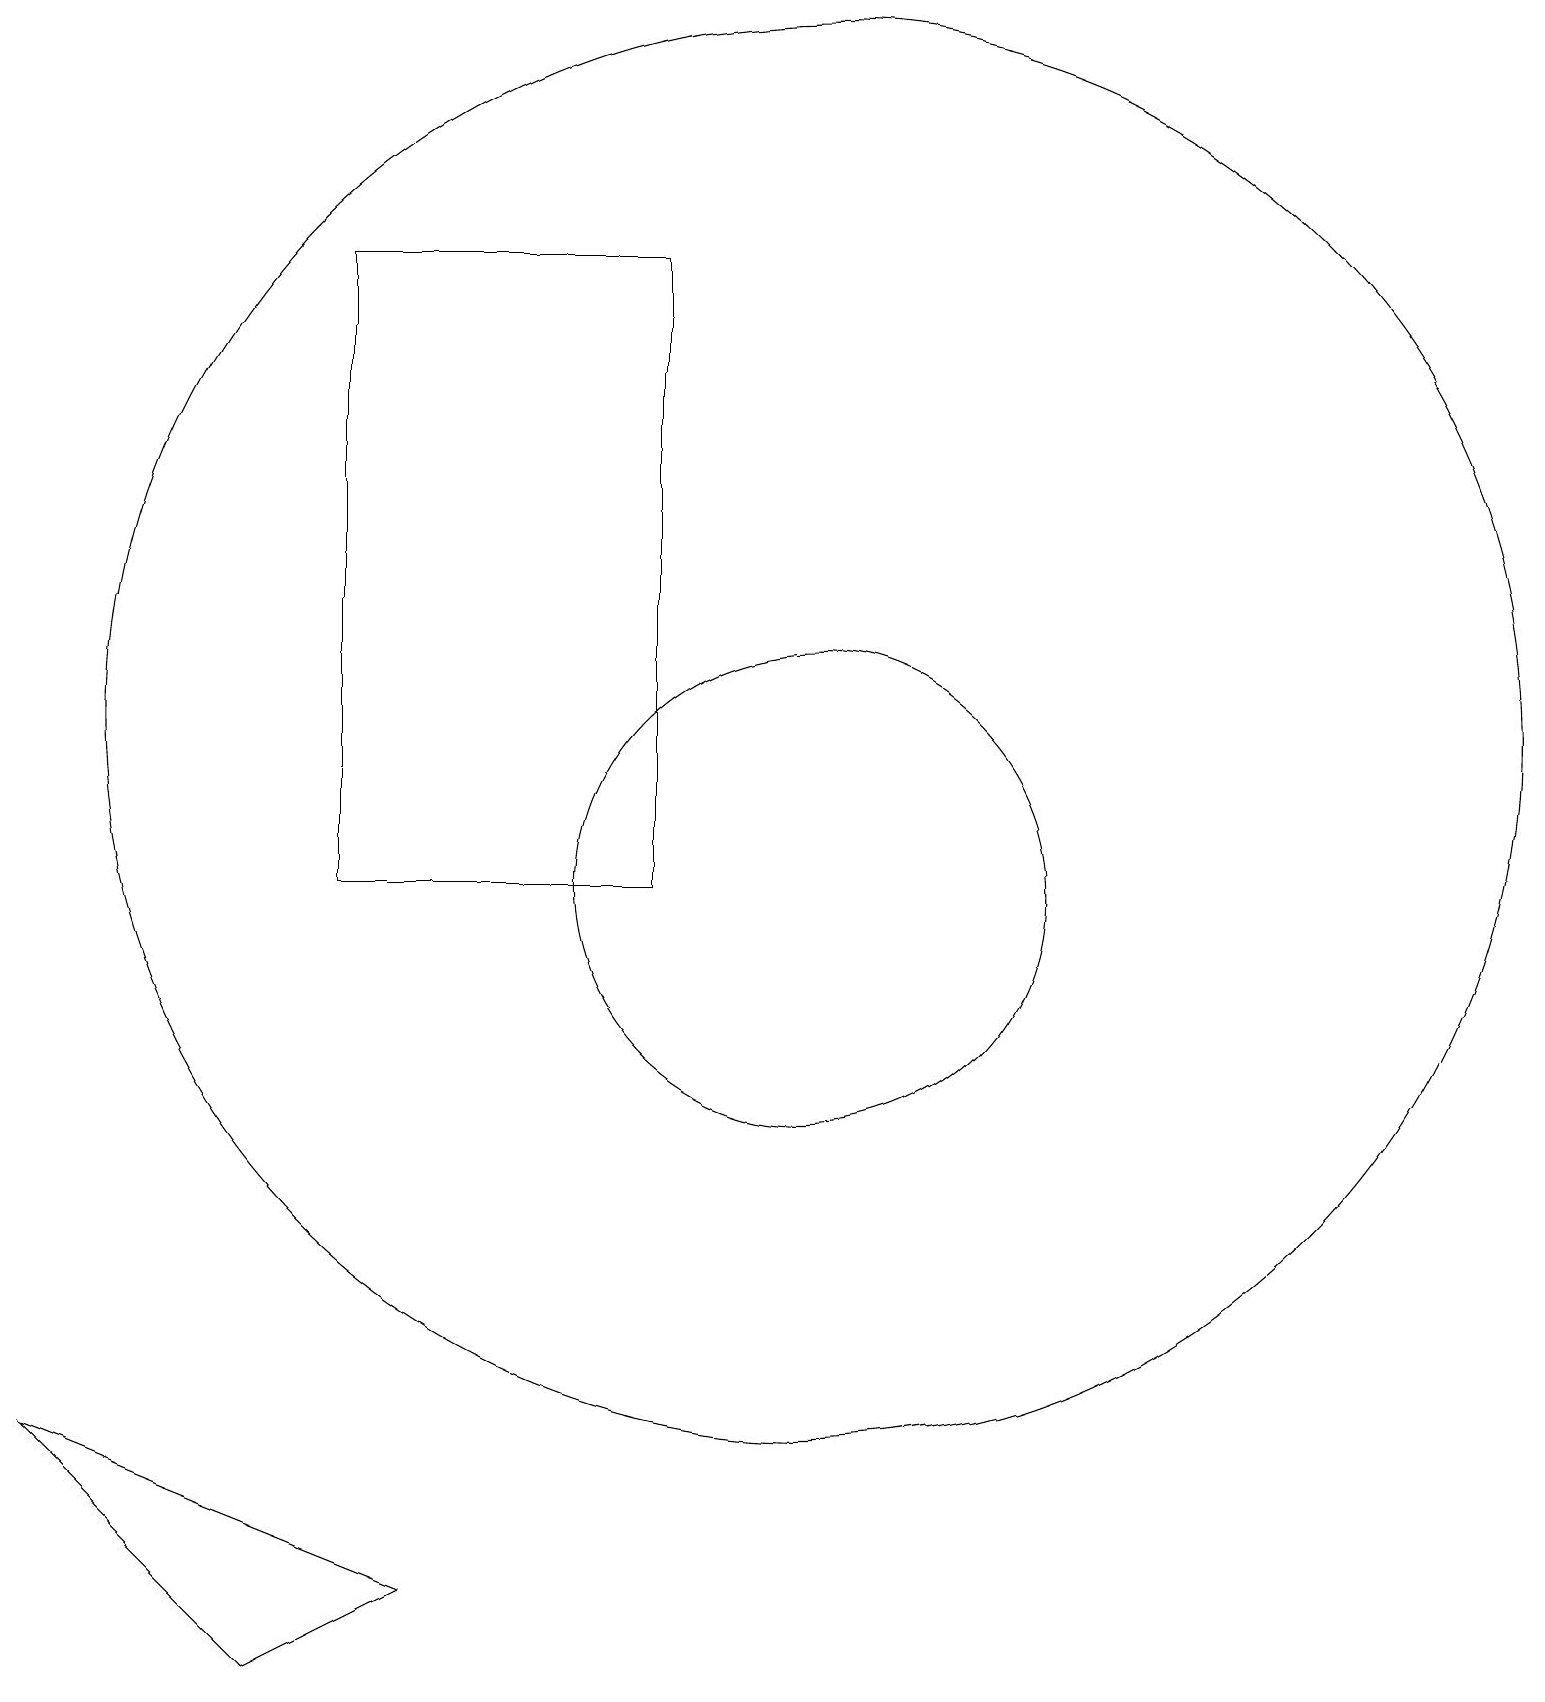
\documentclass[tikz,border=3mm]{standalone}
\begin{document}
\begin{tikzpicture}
\draw (1,3) -- (4,0) -- (6,1) -- cycle;
\draw (5,17) rectangle (5,18);
\draw (11,12) circle (9);
\draw (11,10) circle (3);
\draw (5,10) rectangle (9,18);
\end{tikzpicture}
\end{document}